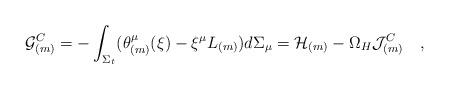
LaTeX: \begin{align*}{\cal G}^C_{(m)}=-\int_{\Sigma_t}(\theta_{(m)}^\mu(\xi)-\xi^\mu L_{(m)})d\Sigma_\mu={\cal H}_{(m)}-\Omega_H{\cal J}_{(m)}^C~~~,\end{align*}